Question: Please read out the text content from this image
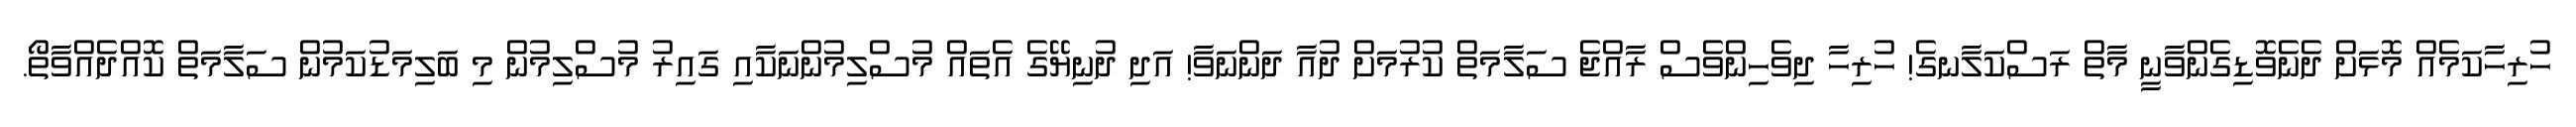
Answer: ހުރިހާކަމެއް މޮޅަށް ދެނެވޮޑިގެންވާނީ މާތް ރަސްކަލާނގެ! ހުރިހާ ދިވެހިންވެސް ރާއްޖެ ސަލާމަތް ކުރުމަށް ދުއާ ދަންނަވާ! އަދި ދުނިޔޭގެ އެތައް މުސްލިމުންނަކާއި ގައިރު މުސްލިމުން މި ބަލިމަޑުކަމުން ސަލާމަތް ކޮއްދެއްވާތޯ.